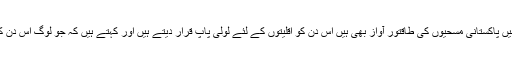
جناب نواز سلامت جو کہ ای پی سی ایل کے صدر ہیں اور یورپ میں پاکستانی مسحیوں کی طاقتور آواز بھی ہیں اس دن کو اقلیتوں کے لئے لولی پاپ قرار دیتے ہیں اور کہتے ہیں کہ جو لوگ اس دن کو مناتے ہیں وہ دراصل اپنے زاتی مفادات کے لئے ایسا کرتے ہیں۔